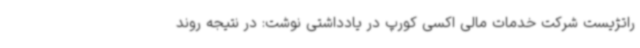
راتژیست شرکت خدمات مالی اکسی کورپ در یادداشتی نوشت: در نتیجه روند